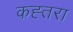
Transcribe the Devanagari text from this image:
कह्तरा